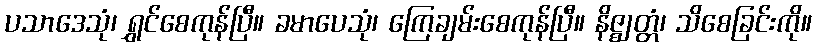
ပသာဒေသုံ၊ ရွှင်စေကုန်ပြီ။ ခမာပေသုံ၊ ကြေချမ်းစေကုန်ပြီ။ နိဇ္ဈတ္တံ၊ သိစေခြင်းကို။